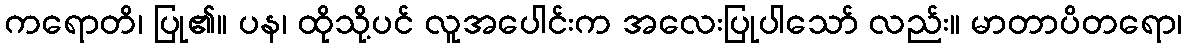
ကရောတိ၊ ပြု၏။ ပန၊ ထိုသို့ပင် လူအပေါင်းက အလေးပြုပါသော် လည်း။ မာတာပိတရော၊